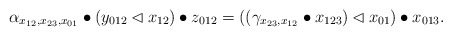
\begin{align*} \alpha_{x_{12},x_{23},x_{01}}\bullet (y_{012}\lhd x_{12}) \bullet z_{012}=((\gamma_{x_{23},x_{12}}\bullet x_{123}) \lhd x_{01})\bullet x_{013}. \end{align*}